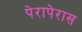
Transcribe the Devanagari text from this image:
पेरापेरास